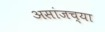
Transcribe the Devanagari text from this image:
असांजच्या